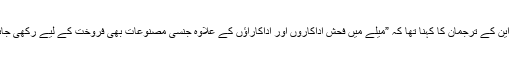
اے وی این کے ترجمان کا کہنا تھا کہ ”میلے میں فحش اداکاروں اور اداکاراﺅں کے علاوہ جنسی مصنوعات بھی فروخت کے لیے رکھی جائیں گی۔